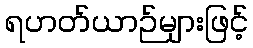
ရဟတ်ယာဉ်များဖြင့်